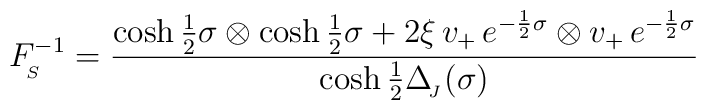
F_{_{\!S}}^{-1} = \frac{\cosh\frac{1}{2}\sigma\otimes\cosh\frac{1}{2}\sigma+2\xi\,v_{+}\,e^{-\frac{1}{2}\sigma}\otimes v_+\,e^{-\frac{1}{2}\sigma}}{\cosh\frac{1}{2}\Delta_{_{\!J}}(\sigma)}\,